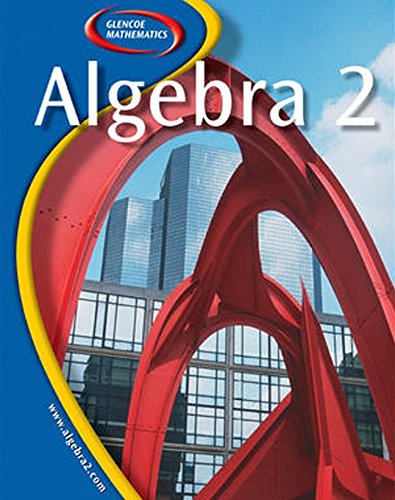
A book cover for Glencoe Algebra 2; McGraw-Hill Education; Health, Fitness & Dieting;